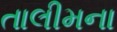
તાલીમના